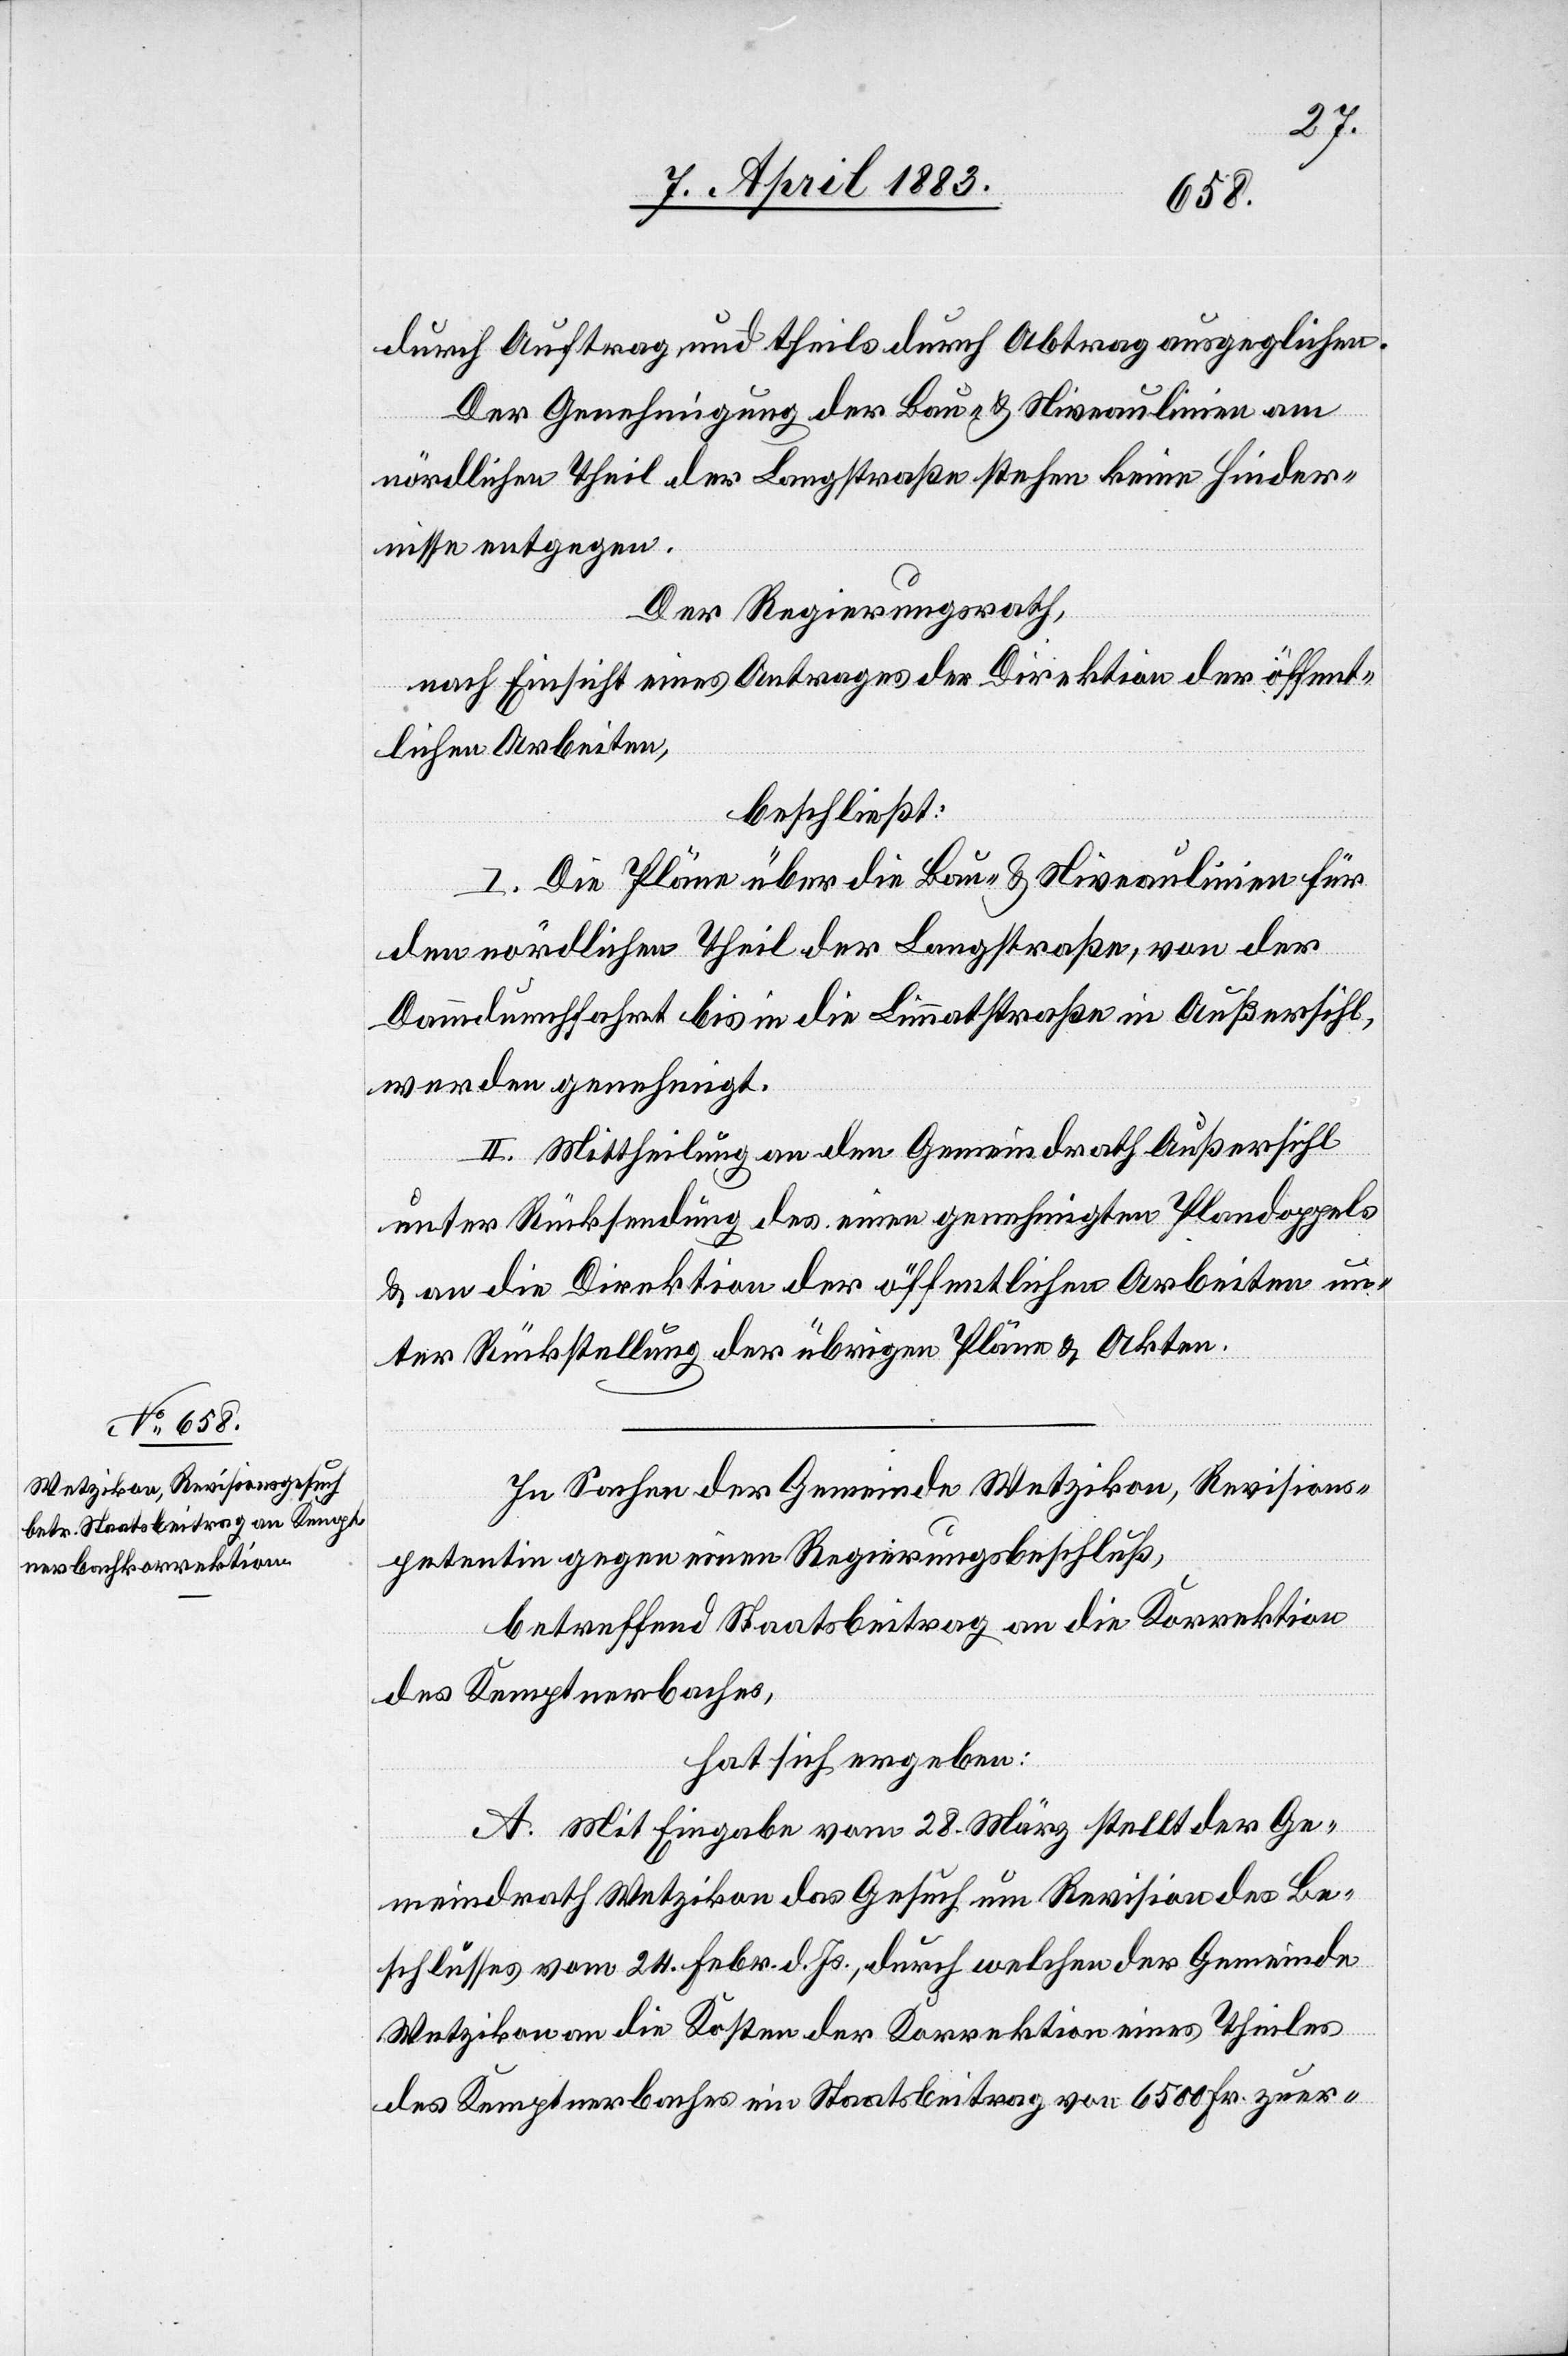
durch Auftrag, und theils durch Abtrag ausgeglichen.
Der Genehmigung der Bau- & Niveaulinien am
nördlichen Theil der Langstraße stehen keine Hinder¬
nisse entgegen.
Der Regierungsrath,
nach Einsicht eines Antrages der Direktion der öffent¬
lichen Arbeiten,
beschließt:
I. Die Pläne über die Bau- & Niveaulinien für
den nördlichen Theil der Langstraße, von der
Dammdurchfahrt bis in die Limmatstraße in Außersihl,
werden genehmigt.
II. Mittheilung an den Gemeindrath Außersihl,
unter Rücksendung des einen genehmigten Plandoppels
& an die Direktion der öffentlichen Arbeiten un¬
ter Rückstellung der übrigen Pläne & Akten.
In Sachen der Gemeinde Wetzikon, Revisions¬
petentin gegen einen Regierungsbeschluß,
betreffend Staatsbeitrag an die Korrektion
des Kemtpnerbaches,
hat sich ergeben:
A. Mit Eingabe vom 28. März stellt der Ge¬
meindrath Wetzikon das Gesuch um Revision des Be¬
schlusses vom 24. Febr. d. Js., durch welchen der Gemeinde
Wetzikon die Kosten der Korrektion eines Theiles
des Kemtpnerbaches ein Staatsbeitrag von 6500 Fr. zuer-